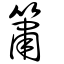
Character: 簫